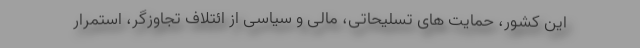
این کشور، حمایت های تسلیحاتی، مالی و سیاسی از ائتلاف تجاوزگر، استمرار